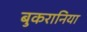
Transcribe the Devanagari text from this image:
बुकरानिया